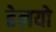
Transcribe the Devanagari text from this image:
हेलयो